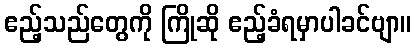
ဧည့်သည်တွေကို ကြိုဆို ဧည့်ခံရမှာပါခင်ဗျာ။